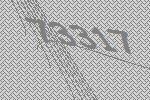
73317